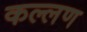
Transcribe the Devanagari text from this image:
कल्लण